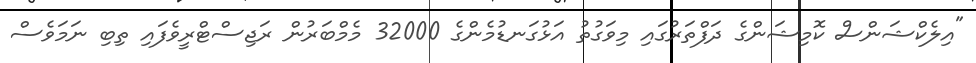
"އިލެކްޝަންސް ކޮމިޝަންގެ ދަފްތަރުގައި މިވަގުތު އަޅުގަނޑުމެންގެ 32000 މެމްބަރުން ރަޖިސްޓްރީވެފައި ތިބި ނަމަވެސް